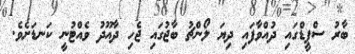
ބާރު ސްޕީޑްގައި ދުއްވާފައި ދިޔަ ލޯންޗު ބާޖުގައި ޖެހި ދާއޫދު ވެއްޓުނީ ކަނޑަށެވެ.